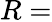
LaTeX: R=